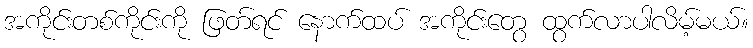
အကိုင်းတစ်ကိုင်းကို ဖြတ်ရင် နောက်ထပ် အကိုင်းတွေ ထွက်လာပါလိမ့်မယ်။